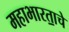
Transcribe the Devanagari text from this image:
महाभारता॒चे